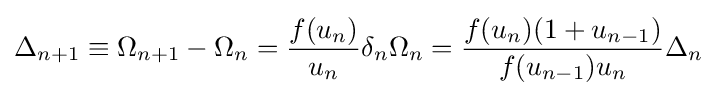
\Delta _{n+1}\equiv \Omega _{n+1}-\Omega _{n}={\frac {f(u_{n})}{u_{n}}}\delta _{n}\Omega _{n}={\frac {f(u_{n})(1+u_{n-1})}{f(u_{n-1})u_{n}}}\Delta _{n}